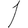
Digit: 1